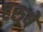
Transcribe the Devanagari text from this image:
हरुषे